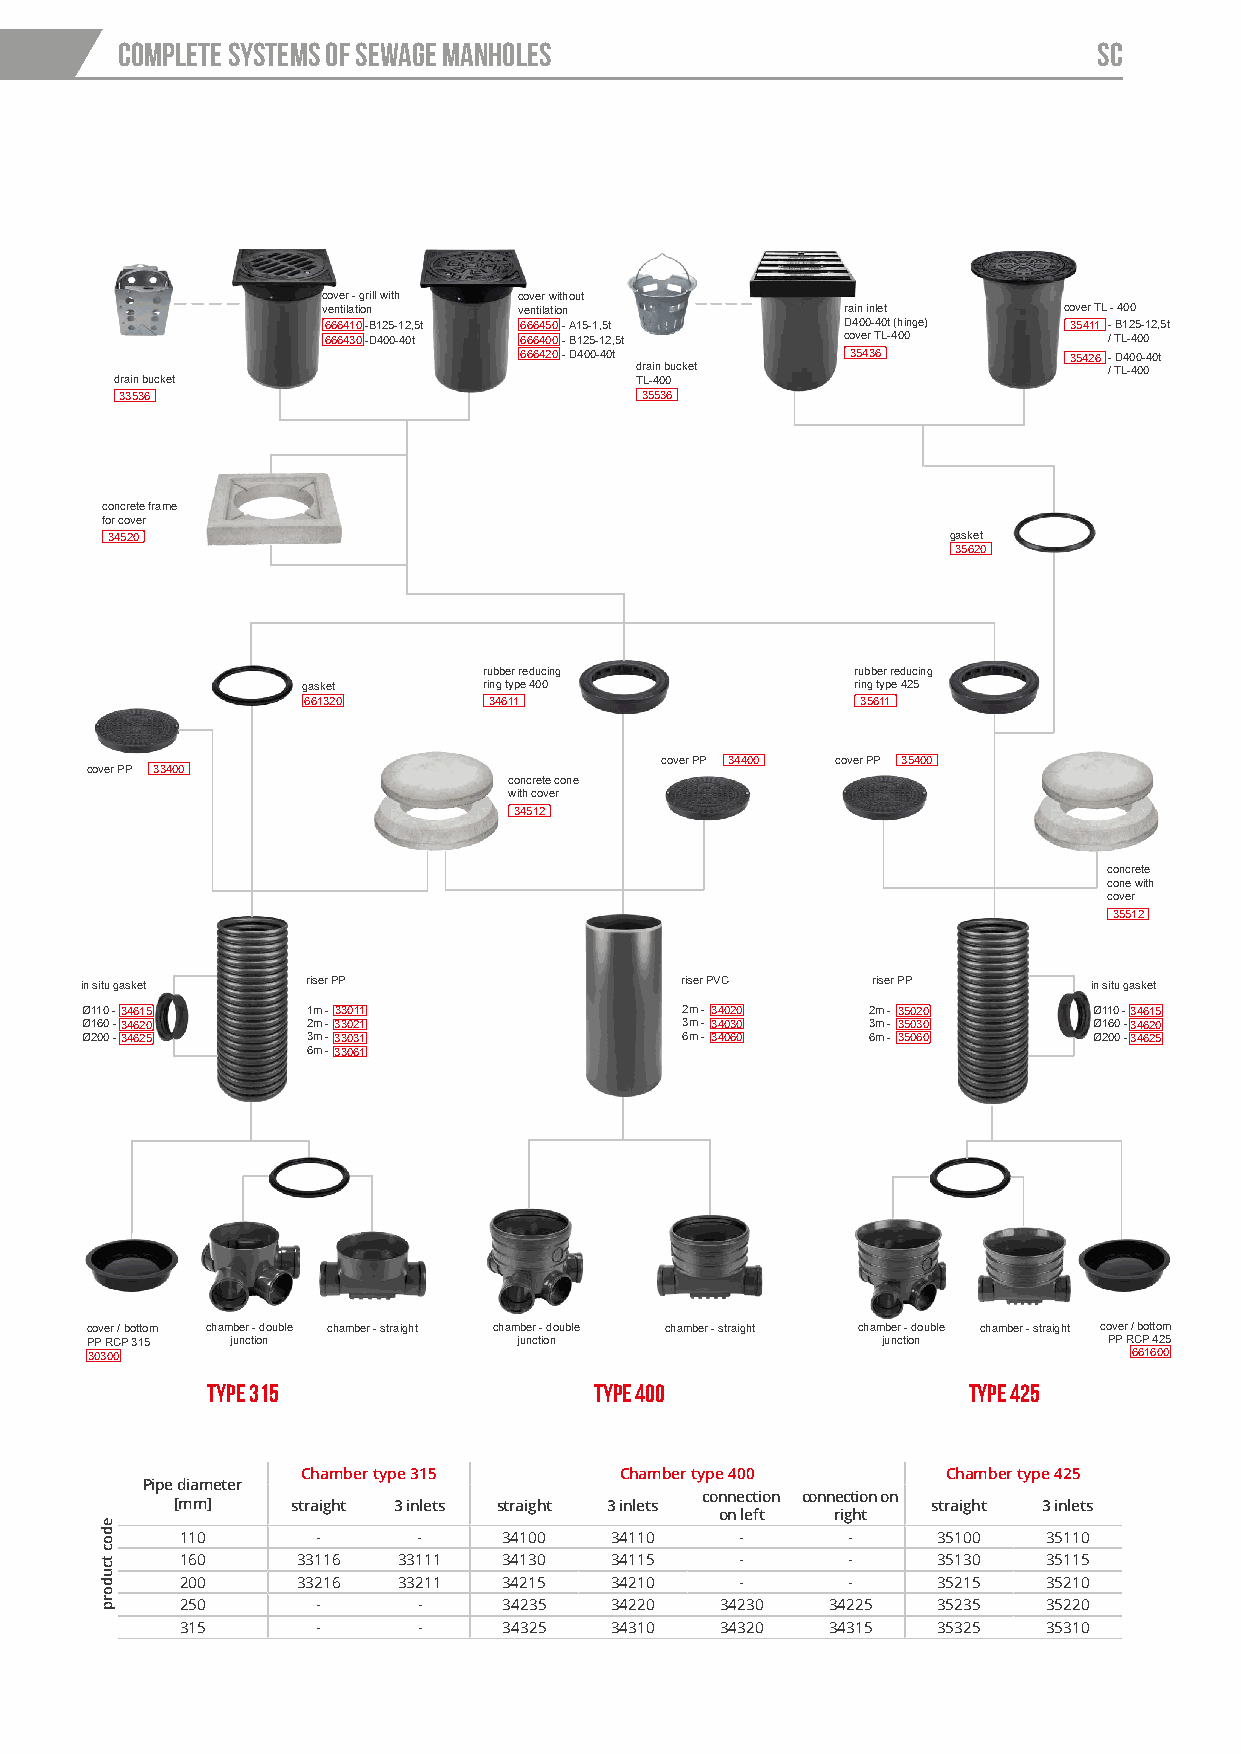
COMPLETE SYSTEMS OF SEWAGE MANHOLES                              SC
 cover - grill with cover without
 ventilation  ventilation           rain inlet    cover TL - 400
 666410-B125-12,5t 666450- A15-1,5t D400-40t (hinge) 35411 - B125-12,5t
 666430-D400-40t 666400- B125-12,5t cover TL-400     / TL-400
 666420- D400-40t      35436          35426 - D400-40t
 drain bucket                   / TL-400
 drain bucket                      TL-400
 33536                             35536
 concrete frame
 for cover
 34520                                                   gasket
 35620
 rubber reducing          rubber reducing
 gasket      ring type 400            ring type 425
 661320      34611                    35611
 cover PP 34400 cover PP 35400
 cover PP 33400
 concrete cone
 with cover
 34512
 concrete
 cone with
 cover
 35512
 in situ gasket riser PP                 riser PVC    riser PP      in situ gasket
 Ø110 -34615    1m - 33011               2m - 34020  2m - 35020     Ø110 - 34615
 Ø160 -34620    2m -33021                3m - 34030  3m - 35030     Ø160 -34620
 Ø200 -34625    3m -33031                6m - 34060  6m - 35060     Ø200 -34625
 6m -33061
 cover / bottom chamber - double chamber - straight chamber - double chamber - straight chamber - double chamber - straight cover / bottom
 PP RCP 315 junction         junction                junction       PP RCP 425
 30300                                                                661600
 TYPE 315                 TYPE 400                 TYPE 425
 Chamber type 315     Chamber type 400      Chamber type 425
 Pipe diameter
 connection connection on
 [mm]    straight 3 inlets straight 3 inlets        straight 3 inlets
 on left right
 110      -      -    34100  34110    -      -     35100  35110
 160     33116 33111  34130  34115    -      -     35130  35115
 200     33216 33211  34215  34210    -      -     35215  35210
 250      -      -    34235  34220   34230  34225  35235  35220
 315      -      -    34325  34310   34320  34315  35325  35310
 edoc
 tcudorp